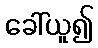
ခေါ်ယူ၍